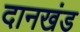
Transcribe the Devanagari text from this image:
दानखंड